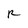
Character: R